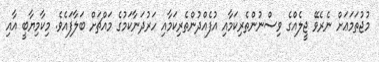
މުޖުތަމަޢަށް ނެރެވޭ ޖީލެއްގެ ވިސްނުންތެރިކަމާއި އުފެއްދުންތެރިކަމާއި ހަރުދަނާކަމުގެ މައްޗަށް ބަލާފައެވެ. މިކާމިޔާބީ އާއި